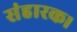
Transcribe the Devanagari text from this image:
संहारक।